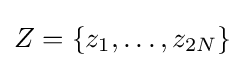
Z=\{z_{1},\ldots ,z_{2N}\}